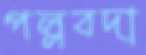
পল্লবদা